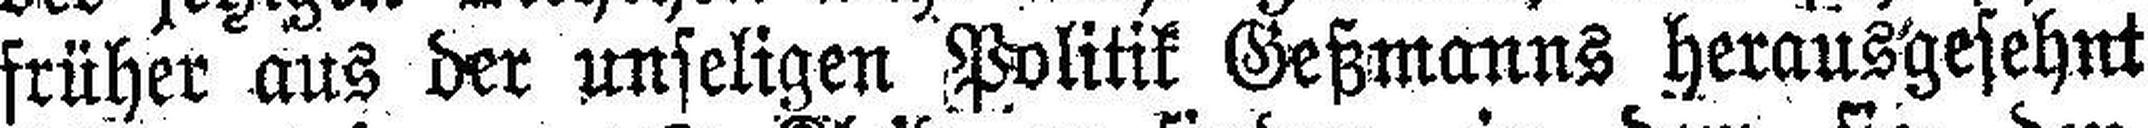
früher aus der unseligen Politik Geßmanns herausgesehnt